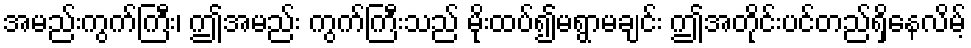
အမည်းကွက်ကြီး၊ ဤအမည်း ကွက်ကြီးသည် မိုးထပ်၍မရွာမချင်း ဤအတိုင်းပင်တည်ရှိနေလိမ့်